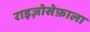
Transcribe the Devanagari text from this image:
राइज़ोसेफ़ाला